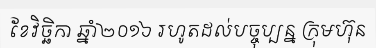
ខែវិច្ឆិកា ឆ្នាំ២០១៦ រហូតដល់បច្ចុប្បន្ន ក្រុមហ៊ុន